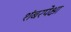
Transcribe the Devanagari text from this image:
शंबरपेक्षा